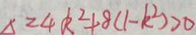
\Delta = 4 k ^ { 2 } + 8 ( 1 - k ^ { 2 } ) > 0